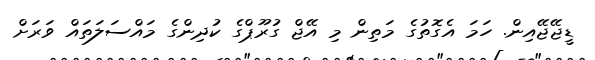
ޑީޖޭޖޭއިން. ހަމަ އެގޮތުގެ މަތިން މި އޭޖް ގުރޫޕްގެ ކުދިންގެ މައްސަލަތައް ވަރަށް